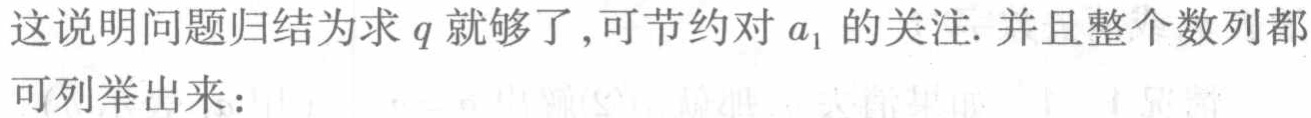
这说明问题归结为求 \(q\) 就够了,可节约对 \(a_{1}\) 的关注. 并且整个数列都可列举出来：